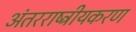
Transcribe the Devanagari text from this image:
अंतरराष्ट्रीयकरण